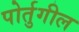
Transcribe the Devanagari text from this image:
पोर्तुगील